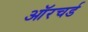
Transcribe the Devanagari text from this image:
ऑरचर्ड